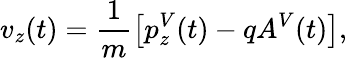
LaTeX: v_{z}(t)=\frac{1}{m}\left[p_{z}^{V}(t)-qA^{V}(t)\right],